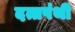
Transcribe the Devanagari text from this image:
दत्तपंथी